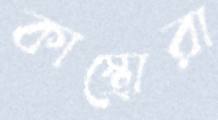
কাস্ত্রোরা